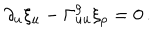
\partial _ { u } \xi _ { u } - \Gamma _ { u u } ^ { \rho } \xi _ { \rho } = 0 \, .